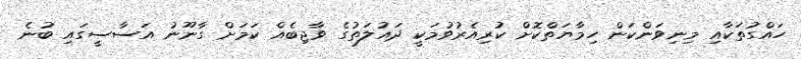
ހައްގުތަކާއި މިނިވަންކަން ހިމާޔަތްކޮށް ކުރިއެރުވުމަކީ ދައުލަތުގެ ވާޖިބެއް ކަމަށް ގާނޫނު އަސާސީގައި ބުނެ